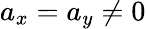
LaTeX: a_{x}=a_{y}\ne 0